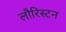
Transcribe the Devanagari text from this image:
लौरिस्टन